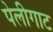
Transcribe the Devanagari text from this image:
पेलीगाट